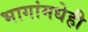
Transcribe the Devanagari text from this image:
भागांमधेही